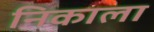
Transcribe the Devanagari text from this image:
निकाला